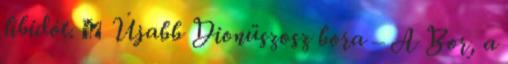
libidót.  Újabb Dionüszosz bora – A Bor, a